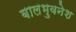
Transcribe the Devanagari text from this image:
बालभुवनेश